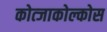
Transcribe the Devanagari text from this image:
कोत्जाकोल्कोस